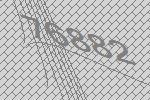
76882